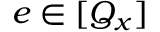
e \in [ Q _ { x } ]